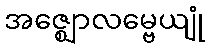
အဇ္ဈောလမ္ဗေယျုံ